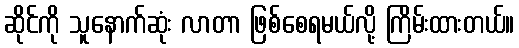
ဆိုင်ကို သူနောက်ဆုံး လာတာ ဖြစ်စေရမယ်လို့ ကြိမ်းထားတယ်။